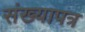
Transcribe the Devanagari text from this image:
संख्यापत्र